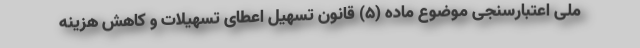
ملی اعتبارسنجی موضوع ماده (۵) قانون تسهیل اعطای تسهیلات و کاهش هزینه